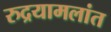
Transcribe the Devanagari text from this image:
रुद्रयामलांत